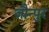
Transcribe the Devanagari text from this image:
जौन्पुर